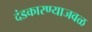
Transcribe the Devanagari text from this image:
दंडकारण्याजवळ